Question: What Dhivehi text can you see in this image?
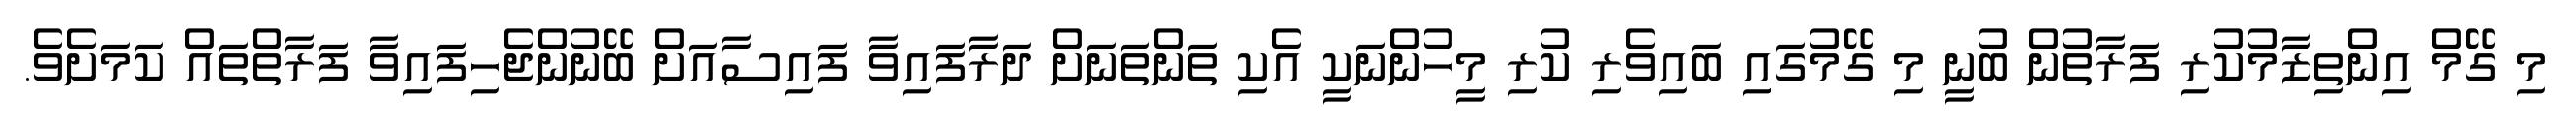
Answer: މި ގޭމް އިންތިޒާމުކުރި ފަރާތުން ބުނީ މި ގޭމުގައި ބައިވެރި ކުރި މީހުންނަކީ އެކި ތަންތަނަށް ދަރާފައިވާ ފައިސާއަށް ބޭނުންޖެހިފައިވާ ފަރާތްތައް ކަމަށެވެ.